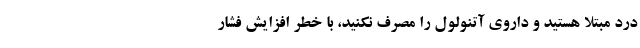
درد مبتلا هستید و داروی آتنولول را مصرف نکنید، با خطر افزایش فشار